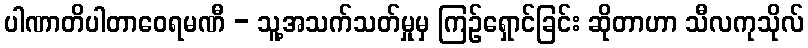
ပါဏာတိပါတာဝေရမဏီ - သူ့အသက်သတ်မှုမှ ကြဉ်ရှောင်ခြင်း ဆိုတာဟာ သီလကုသိုလ်